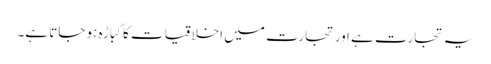
یہ تجارت ہے اور تجارت میں اخلاقیات کا کباڑہ ہو جاتا ہے۔